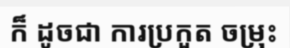
ក៏ ដូចជា ការប្រកួត ចម្រុះ